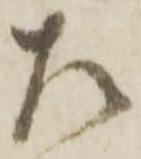
左